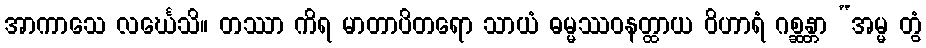
အာကာသေ လင်္ဃေသိ။ တဿာ ကိရ မာတာပိတရော သာယံ ဓမ္မဿဝနတ္ထာယ ဝိဟာရံ ဂစ္ဆန္တာ “အမ္မ တွံ